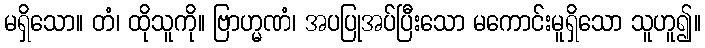
မရှိသော။ တံ၊ ထိုသူကို။ ဗြာဟ္မဏံ၊ အပပြုအပ်ပြီးသော မကောင်းမူရှိသော သူဟူ၍။